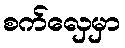
စက်လှေမှာ